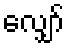
လျှော်